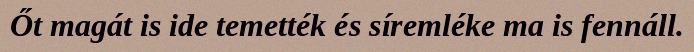
Őt magát is ide temették és síremléke ma is fennáll.